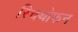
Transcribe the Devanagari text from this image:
रिचथोफन